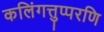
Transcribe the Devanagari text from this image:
कलिंगत्तुप्परणि